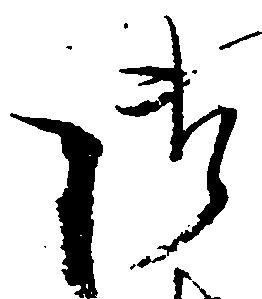
御